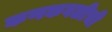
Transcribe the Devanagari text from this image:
कणकवलीची